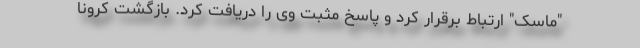
"ماسک" ارتباط برقرار کرد و پاسخ مثبت وی را دریافت کرد. بازگشت کرونا